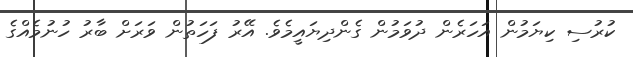
ކުރުސި ކިޔަމުން އަހަރެން ދުވަމުން ގެންދިޔައީމެވެ. އޭރު ފަހަތުން ވަރަށް ބާރު ހުނުމެއްގެ